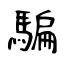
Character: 騙